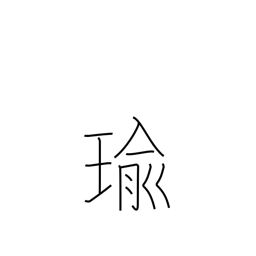
Meaning: jewel